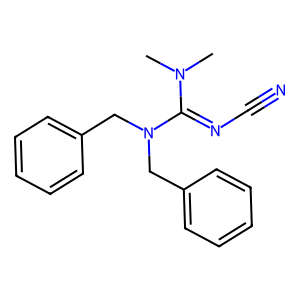
SMILES: CN(C)C(=NC#N)N(Cc1ccccc1)Cc1ccccc1
Inhibits HIV replication: No